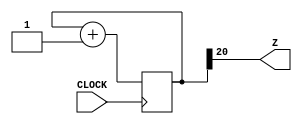
`timescale 1ns / 1ps
//////////////////////////////////////////////////////////////////////////////////
// Company: 
// Engineer: 
// 
// Design Name: 
// Module Name: PB_CLOCK
// Project Name: 
// Target Devices: 
// Tool Versions: 
// Description: 
// 
// Dependencies: 
// 
// Revision:
// Revision 0.01 - File Created
// Additional Comments:
// 
//////////////////////////////////////////////////////////////////////////////////


module PB_CLOCK(
    input CLOCK,
    output Z
    );
    
    reg[20:0] COUNT = 21'b0000000;
    always @ (posedge CLOCK) begin
    COUNT <= COUNT + 1; // 3Hz
    end
    
    assign Z = COUNT[20];
    
endmodule